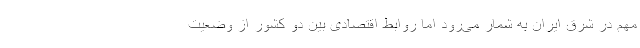
مهم در شرق ایران به شمار می‌رود اما روابط اقتصادی بین دو کشور از وضعیت